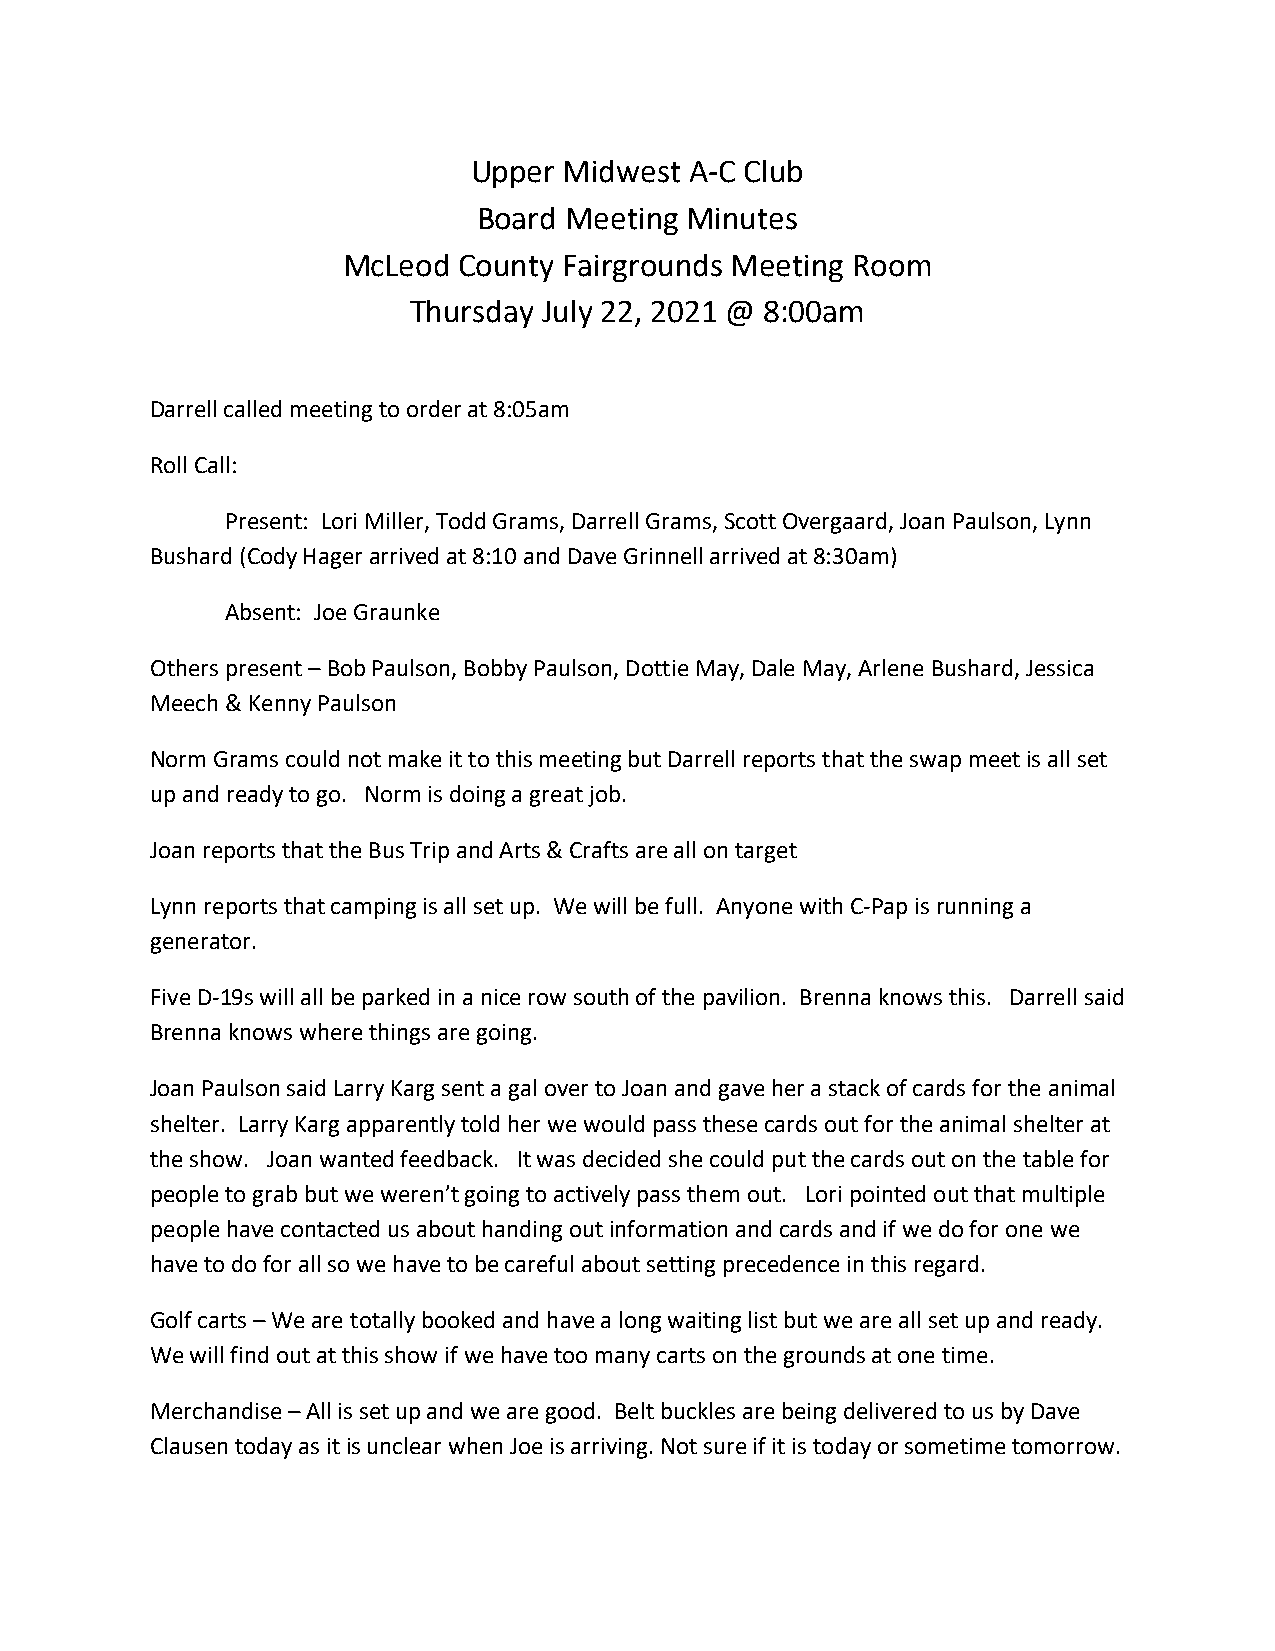
Upper Midwest  A-C Club
 Board Meeting Minutes
 McLeod County Fairgrounds Meeting Room
 Thursday July 22, 2021 @ 8:00am
 Darrell called meeting to order at 8:05am
 Roll Call:
 Present: Lori Miller, Todd Grams, Darrell Grams, Scott Overgaard, Joan Paulson, Lynn
 Bushard (Cody Hager arrived at 8:10 and Dave Grinnell arrived at 8:30am)
 Absent: Joe Graunke
 Others present – Bob Paulson, Bobby Paulson, Dottie May, Dale May, Arlene Bushard, Jessica
 Meech & Kenny Paulson
 Norm Grams could not make it to this meeting but Darrell reports that the swap meet is all set
 up and ready to go. Norm is doing a great job.
 Joan reports that the Bus Trip and Arts & Crafts are all on target
 Lynn reports that camping is all set up. We will be full. Anyone with C-Pap is running a
 generator.
 Five D-19s will all be parked in a nice row south of the pavilion. Brenna knows this. Darrell said
 Brenna knows where things are going.
 Joan Paulson said Larry Karg sent a gal over to Joan and gave her a stack of cards for the animal
 shelter. Larry Karg apparently told her we would pass these cards out for the animal shelter at
 the show. Joan wanted feedback. It was decided she could put the cards out on the table for
 people to grab but we weren’t going to actively pass them out. Lori pointed out that multiple
 people have contacted us about handing out information and cards and if we do for one we
 have to do for all so we have to be careful about setting precedence in this regard.
 Golf carts – We are totally booked and have a long waiting list but we are all set up and ready.
 We will find out at this show if we have too many carts on the grounds at one time.
 Merchandise – All is set up and we are good. Belt buckles are being delivered to us by Dave
 Clausen today as it is unclear when Joe is arriving. Not sure if it is today or sometime tomorrow.